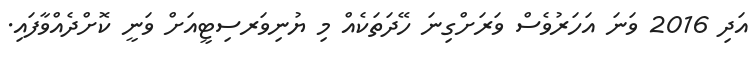
އަދި 2016 ވަނަ އަހަރުވެސް ވަރަށްގިނަ ހޭދަތަކެއް މި ޔުނިވަރސިޓީއަށް ވަނީ ކޮށްދެއްވާފައި.